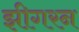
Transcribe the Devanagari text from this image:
झीगरन